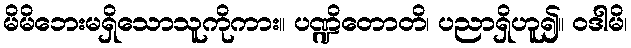
မိမိဘေးမရှိသောသူကိုကား။ ပဏ္ဍိတောတိ၊ ပညာရှိဟူ၍။ ဝဒါမိ၊